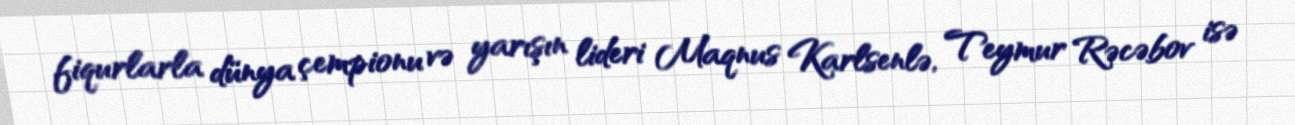
fiqurlarla dünya çempionu və yarışın lideri Maqnus Karlsenlə, Teymur Rəcəbov isə